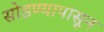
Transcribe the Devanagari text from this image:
सोडण्यापासून